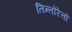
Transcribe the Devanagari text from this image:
तिन्तोरेत्तो